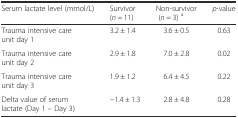
<table><thead><tr><td><b>Serum lactate level (mmol/L)</b></td><td><b>Survivor (<i>n</i> = 11)</b></td><td><b>Non-survivor (<i>n</i> = 3) <sup>a</sup></b></td><td><b><i>p</i>-value</b></td></tr></thead><tbody><tr><td>Trauma intensive care unit day 1</td><td>3.2 ± 1.4</td><td>3.6 ± 0.5</td><td>0.63</td></tr><tr><td>Trauma intensive care unit day 2</td><td>2.9 ± 1.8</td><td>7.0 ± 2.8</td><td>0.02</td></tr><tr><td>Trauma intensive care unit day 3</td><td>1.9 ± 1.2</td><td>6.4 ± 4.5</td><td>0.22</td></tr><tr><td>Delta value of serum lactate (Day 1 – Day 3)</td><td>−1.4 ± 1.3</td><td>2.8 ± 4.8</td><td>0.28</td></tr></tbody></table>